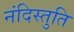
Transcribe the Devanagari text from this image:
नंदिस्तुति